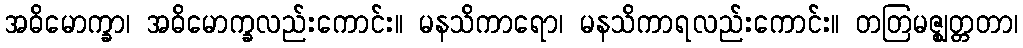
အဓိမောက္ခာ၊ အဓိမောက္ခလည်းကောင်း။ မနသိကာရော၊ မနသိကာရလည်းကောင်း။ တတြမဇ္ဈတ္တတာ၊